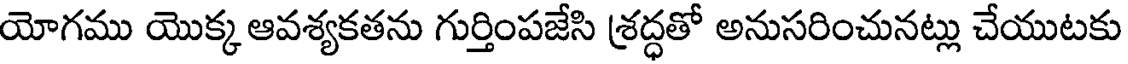
యోగము యొక్క ఆవశ్యకతను గుర్తింపజేసి శ్రద్ధతో అనుసరించునట్లు చేయుటకు